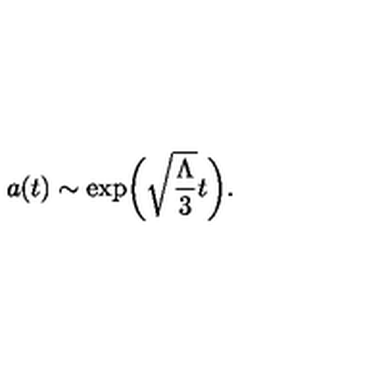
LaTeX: a ( t ) \sim \exp \biggl ( \sqrt { \frac { \Lambda } { 3 } } t \biggr ) .